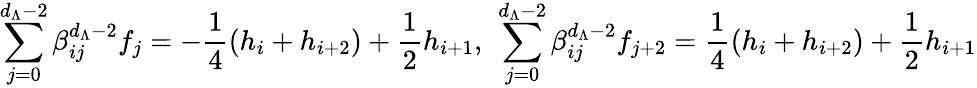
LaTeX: \sum_{j=0}^{d_{\Lambda}-2}\beta_{ij}^{d_{\Lambda}-2}f_{j}=-\frac{1}{4}(h_{i}+h_{i+2})+\frac{1}{2}h_{i+1},~\sum_{j=0}^{d_{\Lambda}-2}\beta_{ij}^{d_{\Lambda}-2}f_{j+2}=\frac{1}{4}(h_{i}+h_{i+2})+\frac{1}{2}h_{i+1}